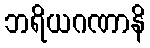
ဘရိယဂဏာနိ